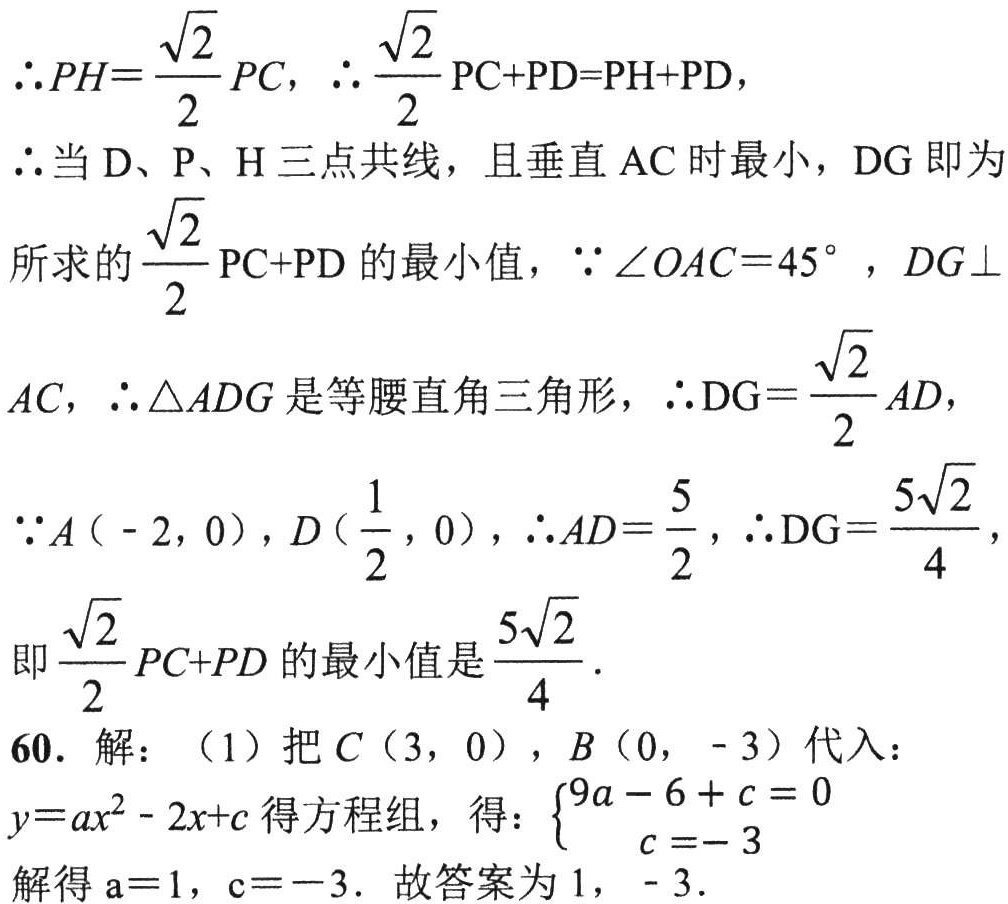
\(\therefore PH = \frac{\sqrt{2}}{2}PC,\ \therefore \frac{\sqrt{2}}{2}PC + PD=PH + PD,\)
\(\therefore\)当\(D、P、H\)三点共线，且垂直\(AC\)时最小，\(DG\)即为
所求的\(\frac{\sqrt{2}}{2}PC + PD\)的最小值，\(\because\angle OAC = 45^{\circ},DG\perp\)
\(AC,\ \therefore\triangle ADG\)是等腰直角三角形，\(\therefore DG=\frac{\sqrt{2}}{2}AD,\)
\(\because A(-2,0),D(\frac{1}{2},0),\ \therefore AD=\frac{5}{2},\ \therefore DG=\frac{5\sqrt{2}}{4},\)
即\(\frac{\sqrt{2}}{2}PC + PD\)的最小值是\(\frac{5\sqrt{2}}{4}\).
解：（1）把\(C(3,0)\)，\(B(0,-3)\)代入：
\(y = ax^{2}-2x + c\)得方程组，得：\(\begin{cases}9a - 6 + c = 0\\c = - 3\end{cases}\)
解得\(a = 1\)，\(c = - 3\). 故答案为\(1\)，\(-3\).